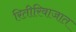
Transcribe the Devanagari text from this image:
रितीरिवाजात